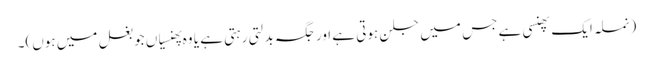
(نملہ ایک پھنسی ہے جس میں جلن ہوتی ہے اور جگہ بدلتی رہتی ہے یا وہ پھنسیاں جو بغل میں ہوں)۔